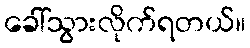
ခေါ်သွားလိုက်ရတယ်။